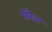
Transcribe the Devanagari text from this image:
फ्रीड